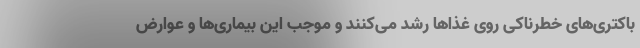
باکتری‌های خطرناکی روی غذاها رشد می‌کنند و موجب این بیماری‌ها و عوارض